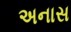
અનાસ